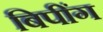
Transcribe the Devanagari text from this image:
बिपींग